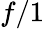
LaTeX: f/1